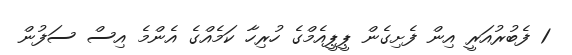
1 ފެބުރުއަރީ އިން ފެށިގެން ޕީޕީއެމްގެ ހުރިހާ ކަމެއްގެ އެންމެ އިސް ސަފުން